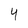
Character: 4